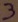
Text: 3